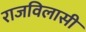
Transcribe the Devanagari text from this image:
राजविलासी